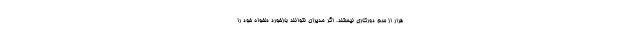
فرار از سم دورکاری نیستند. اگر مدیران نتوانند بازخورد دلخواه خود را